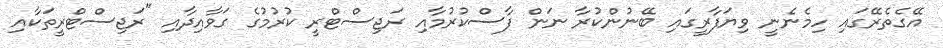
އޭގެތެރޭގައި ހިމެނެނީ ވިޔަފާރީގައި ބޭނުންކުރާ ނަން ފާސްކުރުމާއި ރަޖިސްޓްރީ ކުރުމުގެ ގަވާއިދާއި "ރަޖިސްޓްރީތަކާއި